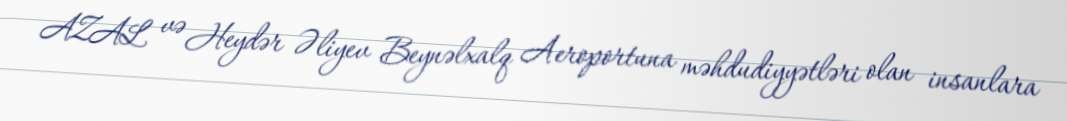
AZAL və Heydər Əliyev Beynəlxalq Aeroportuna məhdudiyyətləri olan insanlara